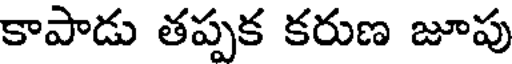
కాపాడు తప్పక కరుణ జూపు